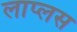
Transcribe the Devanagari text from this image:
लाप्लस